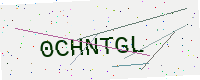
Text: 0CHNTGL